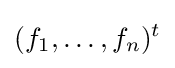
(f_{1},\dots ,f_{n})^{t}